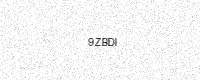
Text: 9ZBDI